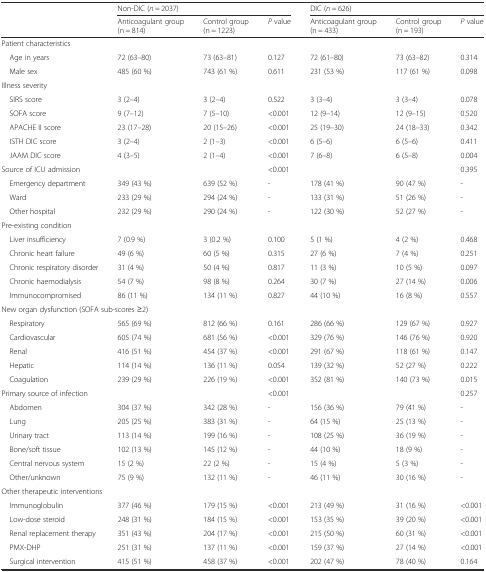
<table><thead><tr><td></td><td colspan="3"><b>Non-DIC (<i>n</i> = 2037)</b></td><td colspan="3"><b>DIC (<i>n</i> = 626)</b></td></tr><tr><td></td><td><b>Anticoagulant group(n = 814)</b></td><td><b>Control group(n = 1223)</b></td><td><b><i>P</i> value</b></td><td><b>Anticoagulant group(n = 433)</b></td><td><b>Control group(n = 193)</b></td><td><b><i>P</i> value</b></td></tr></thead><tbody><tr><td colspan="7">Patient characteristics</td></tr><tr><td> Age in years</td><td>72 (63–80)</td><td>73 (63–81)</td><td>0.127</td><td>72 (61–80)</td><td>73 (63–82)</td><td>0.314</td></tr><tr><td> Male sex</td><td>485 (60 %)</td><td>743 (61 %)</td><td>0.611</td><td>231 (53 %)</td><td>117 (61 %)</td><td>0.098</td></tr><tr><td colspan="7">Illness severity</td></tr><tr><td> SIRS score</td><td>3 (2–4)</td><td>3 (2–4)</td><td>0.522</td><td>3 (3–4)</td><td>3 (3–4)</td><td>0.078</td></tr><tr><td> SOFA score</td><td>9 (7–12)</td><td>7 (5–10)</td><td>&lt;0.001</td><td>12 (9–14)</td><td>12 (9–15)</td><td>0.520</td></tr><tr><td> APACHE II score</td><td>23 (17–28)</td><td>20 (15–26)</td><td>&lt;0.001</td><td>25 (19–30)</td><td>24 (18–33)</td><td>0.342</td></tr><tr><td> ISTH DIC score</td><td>3 (2–4)</td><td>2 (1–3)</td><td>&lt;0.001</td><td>6 (5–6)</td><td>6 (5–6)</td><td>0.411</td></tr><tr><td> JAAM DIC score</td><td>4 (3–5)</td><td>2 (1–4)</td><td>&lt;0.001</td><td>7 (6–8)</td><td>6 (5–8)</td><td>0.004</td></tr><tr><td>Source of ICU admission</td><td></td><td></td><td>&lt;0.001</td><td></td><td></td><td>0.395</td></tr><tr><td> Emergency department</td><td>349 (43 %)</td><td>639 (52 %)</td><td>-</td><td>178 (41 %)</td><td>90 (47 %)</td><td>-</td></tr><tr><td> Ward</td><td>233 (29 %)</td><td>294 (24 %)</td><td>-</td><td>133 (31 %)</td><td>51 (26 %)</td><td>-</td></tr><tr><td> Other hospital</td><td>232 (29 %)</td><td>290 (24 %)</td><td>-</td><td>122 (30 %)</td><td>52 (27 %)</td><td>-</td></tr><tr><td colspan="7">Pre-existing condition</td></tr><tr><td> Liver insufficiency</td><td>7 (0.9 %)</td><td>3 (0.2 %)</td><td>0.100</td><td>5 (1 %)</td><td>4 (2 %)</td><td>0.468</td></tr><tr><td> Chronic heart failure</td><td>49 (6 %)</td><td>60 (5 %)</td><td>0.315</td><td>27 (6 %)</td><td>7 (4 %)</td><td>0.251</td></tr><tr><td> Chronic respiratory disorder</td><td>31 (4 %)</td><td>50 (4 %)</td><td>0.817</td><td>11 (3 %)</td><td>10 (5 %)</td><td>0.097</td></tr><tr><td> Chronic haemodialysis</td><td>54 (7 %)</td><td>98 (8 %)</td><td>0.264</td><td>30 (7 %)</td><td>27 (14 %)</td><td>0.006</td></tr><tr><td> Immunocompromised</td><td>86 (11 %)</td><td>134 (11 %)</td><td>0.827</td><td>44 (10 %)</td><td>16 (8 %)</td><td>0.557</td></tr><tr><td colspan="7">New organ dysfunction (SOFA sub-scores ≥2)</td></tr><tr><td> Respiratory</td><td>565 (69 %)</td><td>812 (66 %)</td><td>0.161</td><td>286 (66 %)</td><td>129 (67 %)</td><td>0.927</td></tr><tr><td> Cardiovascular</td><td>605 (74 %)</td><td>681 (56 %)</td><td>&lt;0.001</td><td>329 (76 %)</td><td>146 (76 %)</td><td>0.920</td></tr><tr><td> Renal</td><td>416 (51 %)</td><td>454 (37 %)</td><td>&lt;0.001</td><td>291 (67 %)</td><td>118 (61 %)</td><td>0.147</td></tr><tr><td> Hepatic</td><td>114 (14 %)</td><td>136 (11 %)</td><td>0.054</td><td>139 (32 %)</td><td>52 (27 %)</td><td>0.222</td></tr><tr><td> Coagulation</td><td>239 (29 %)</td><td>226 (19 %)</td><td>&lt;0.001</td><td>352 (81 %)</td><td>140 (73 %)</td><td>0.015</td></tr><tr><td>Primary source of infection</td><td></td><td></td><td>&lt;0.001</td><td></td><td></td><td>0.257</td></tr><tr><td> Abdomen</td><td>304 (37 %)</td><td>342 (28 %)</td><td>-</td><td>156 (36 %)</td><td>79 (41 %)</td><td>-</td></tr><tr><td> Lung</td><td>205 (25 %)</td><td>383 (31 %)</td><td>-</td><td>64 (15 %)</td><td>25 (13 %)</td><td>-</td></tr><tr><td> Urinary tract</td><td>113 (14 %)</td><td>199 (16 %)</td><td>-</td><td>108 (25 %)</td><td>36 (19 %)</td><td>-</td></tr><tr><td> Bone/soft tissue</td><td>102 (13 %)</td><td>145 (12 %)</td><td>-</td><td>44 (10 %)</td><td>18 (9 %)</td><td>-</td></tr><tr><td> Central nervous system</td><td>15 (2 %)</td><td>22 (2 %)</td><td>-</td><td>15 (4 %)</td><td>5 (3 %)</td><td>-</td></tr><tr><td> Other/unknown</td><td>75 (9 %)</td><td>132 (11 %)</td><td>-</td><td>46 (11 %)</td><td>30 (16 %)</td><td>-</td></tr><tr><td colspan="7">Other therapeutic interventions</td></tr><tr><td> Immunoglobulin</td><td>377 (46 %)</td><td>179 (15 %)</td><td>&lt;0.001</td><td>213 (49 %)</td><td>31 (16 %)</td><td>&lt;0.001</td></tr><tr><td> Low-dose steroid</td><td>248 (31 %)</td><td>184 (15 %)</td><td>&lt;0.001</td><td>153 (35 %)</td><td>39 (20 %)</td><td>&lt;0.001</td></tr><tr><td> Renal replacement therapy</td><td>351 (43 %)</td><td>204 (17 %)</td><td>&lt;0.001</td><td>215 (50 %)</td><td>60 (31 %)</td><td>&lt;0.001</td></tr><tr><td> PMX-DHP</td><td>251 (31 %)</td><td>137 (11 %)</td><td>&lt;0.001</td><td>159 (37 %)</td><td>27 (14 %)</td><td>&lt;0.001</td></tr><tr><td> Surgical intervention</td><td>415 (51 %)</td><td>458 (37 %)</td><td>&lt;0.001</td><td>202 (47 %)</td><td>78 (40 %)</td><td>0.164</td></tr></tbody></table>